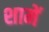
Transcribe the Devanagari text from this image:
शामें